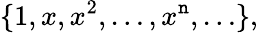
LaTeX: \{ 1,x,x^{2},\ldots,x^{\mathtt{n}},\ldots\} ,